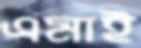
এমাই